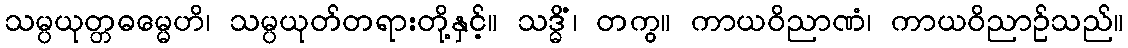
သမ္ပယုတ္တဓမ္မေဟိ၊ သမ္ပယုတ်တရားတို့နှင့်။ သဒ္ဓိံ၊ တကွ။ ကာယဝိညာဏံ၊ ကာယဝိညာဉ်သည်။